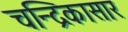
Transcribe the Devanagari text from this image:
चन्द्रिकासार